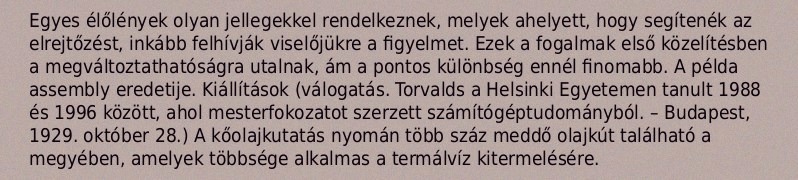
Egyes élőlények olyan jellegekkel rendelkeznek, melyek ahelyett, hogy segítenék az elrejtőzést, inkább felhívják viselőjükre a figyelmet. Ezek a fogalmak első közelítésben a megváltoztathatóságra utalnak, ám a pontos különbség ennél finomabb. A példa assembly eredetije. Kiállítások (válogatás. Torvalds a Helsinki Egyetemen tanult 1988 és 1996 között, ahol mesterfokozatot szerzett számítógéptudományból. – Budapest, 1929. október 28.) A kőolajkutatás nyomán több száz meddő olajkút található a megyében, amelyek többsége alkalmas a termálvíz kitermelésére.